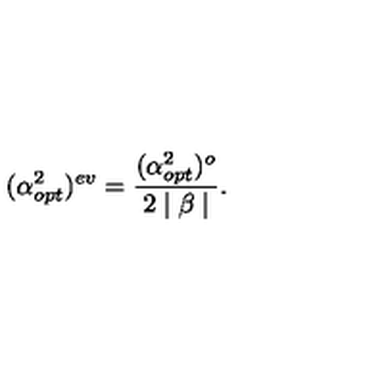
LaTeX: ( \alpha _ { o p t } ^ { 2 } ) ^ { e v } = \frac { ( \alpha _ { o p t } ^ { 2 } ) ^ { o } } { 2 \mid \beta \mid } .